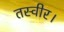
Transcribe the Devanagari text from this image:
तस्वीर।